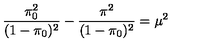
\frac { \pi _ { 0 } ^ { 2 } } { ( 1 - \pi _ { 0 } ) ^ { 2 } } - \frac { \pi ^ { 2 } } { ( 1 - \pi _ { 0 } ) ^ { 2 } } = \mu ^ { 2 }